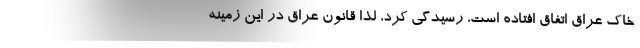
خاک عراق اتفاق افتاده است، رسیدگی کرد، لذا قانون عراق در این زمینه